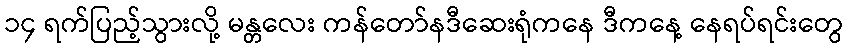
၁၄ ရက်ပြည့်သွားလို့ မန္တလေး ကန်တော်နဒီဆေးရုံကနေ ဒီကနေ့ နေရပ်ရင်းတွေ